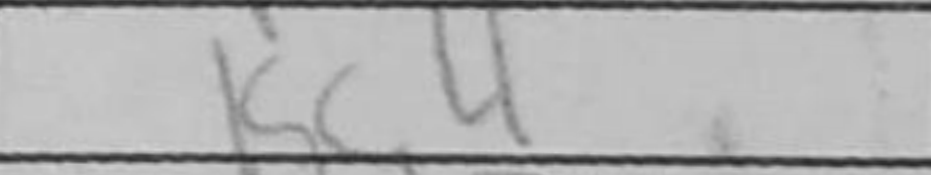
Transcription: Kc4